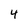
Character: 4